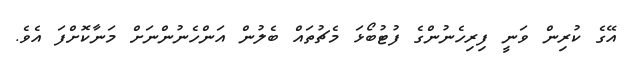
އޭގެ ކުރިން ވަނީ ފިރިހެނުންގެ ފުޓުބޯޅަ މެޗުތައް ބެލުން އަންހެނުންނަށް މަނާކޮށްފަ އެވެ.